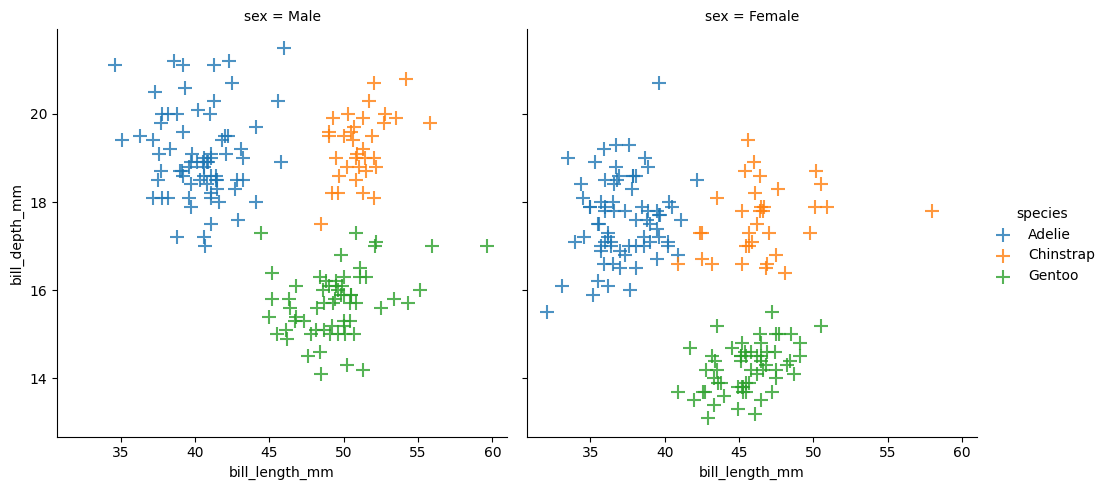
python, seaborn, lmplot, aspect=1.0, order=1, markers='+'